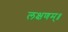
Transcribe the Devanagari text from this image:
लक्षणम्‌॥